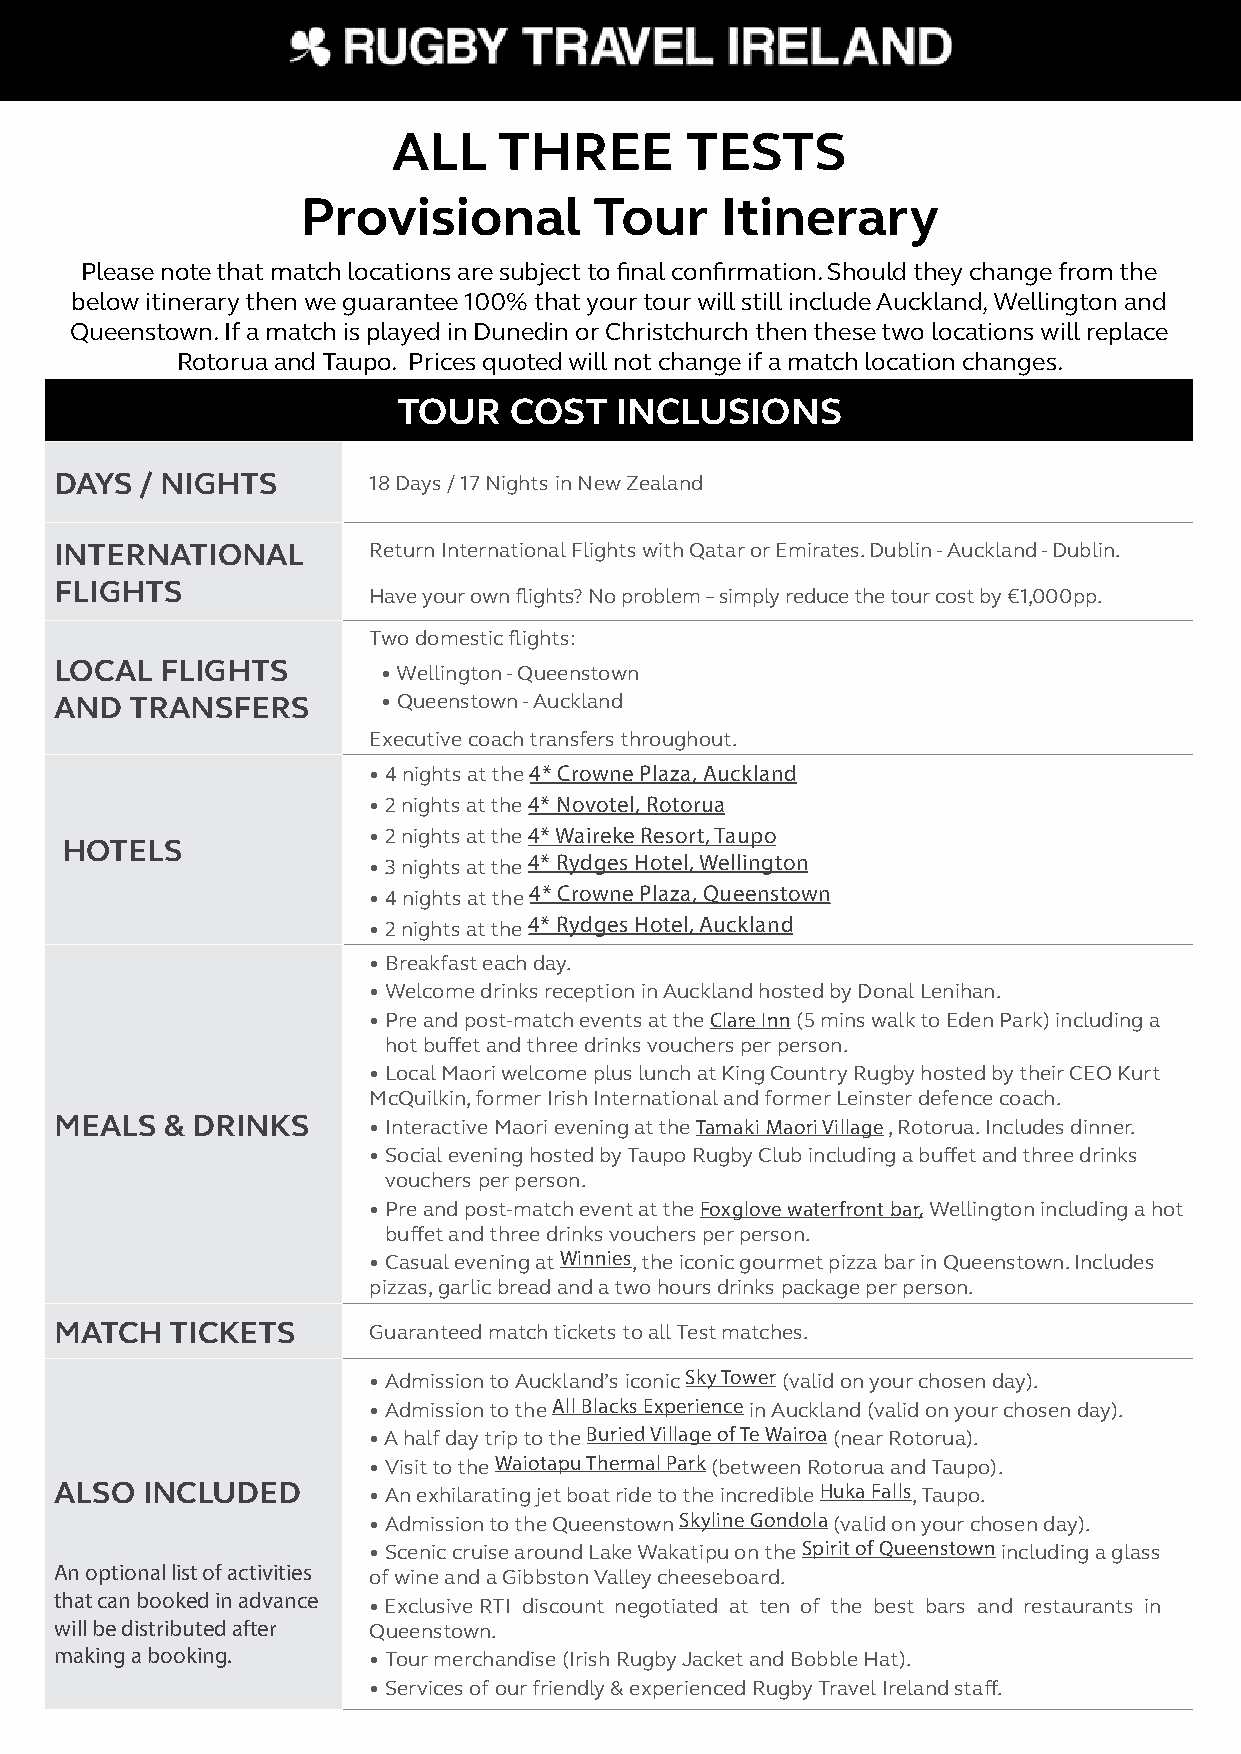
ALL    THREE       TESTS
 Provisional        Tour     Itinerary
 Please note that match locations are subject to final confirmation. Should they change from the
 below itinerary then we guarantee 100% that your tour will still include Auckland, Wellington and
 Queenstown. If a match is played in Dunedin or Christchurch then these two locations will replace
 Rotorua and Taupo. Prices quoted will not change if a match location changes.
 TOUR    COST   INCLUSIONS
 DAYS / NIGHTS       18 Days / 17 Nights in New Zealand
 INTERNATIONAL       Return International Flights with Qatar or Emirates. Dublin - Auckland - Dublin.
 FLIGHTS
 Have your own flights? No problem – simply reduce the tour cost by €1,000pp.
 Two domestic flights:
 LOCAL  FLIGHTS       • Wellington - Queenstown
 AND  TRANSFERS       • Queenstown - Auckland
 Executive coach transfers throughout.
 • 4 nights at the 4* Crowne Plaza, Auckland
 • 2 nights at the 4* Novotel, Rotorua
 • 2 nights at the 4* Waireke Resort, Taupo
 HOTELS
 4* Rydges Hotel, Wellington
 • 3 nights at the
 4* Crowne Plaza, Queenstown
 • 4 nights at the
 4* Rydges Hotel, Auckland
 • 2 nights at the
 • Breakfast each day.
 • Welcome drinks reception in Auckland hosted by Donal Lenihan.
 • Pre and post-match events at the Clare Inn (5 mins walk to Eden Park) including a
 hot buffet and three drinks vouchers per person.
 • Local Maori welcome plus lunch at King Country Rugby hosted by their CEO Kurt
 McQuilkin, former Irish International and former Leinster defence coach.
 MEALS  & DRINKS     • I nteractive Maori evening at the Tamaki Maori Village , Rotorua. Includes dinner.
 • Social evening hosted by Taupo Rugby Club including a buffet and three drinks
 vouchers per person.
 • Pre and post-match event at the Foxglove waterfront bar, Wellington including a hot
 buffet and three drinks vouchers per person.
 • Casual evening at Winnies, the iconic gourmet pizza bar in Queenstown. Includes
 pizzas, garlic bread and a two hours drinks package per person.
 MATCH  TICKETS      Guaranteed match tickets to all Test matches.
 • Admission to Auckland’s iconic Sky Tower (valid on your chosen day).
 • Admission to the All Blacks Experience in Auckland (valid on your chosen day).
 • A half day trip to the Buried Village of Te Wairoa (near Rotorua).
 • Visit to the Waiotapu Thermal Park (between Rotorua and Taupo).
 ALSO INCLUDED       • An exhilarating jet boat ride to the incredible Huka Falls, Taupo.
 • Admission to the Queenstown Skyline Gondola (valid on your chosen day).
 • Scenic cruise around Lake Wakatipu on the Spirit of Queenstown including a glass
 An optional list of activities of wine and a Gibbston Valley cheeseboard.
 that can booked in advance
 • Exclusive RTI discount negotiated at ten of the best bars and restaurants in
 will be distributed after Queenstown.
 making a booking.   • Tour merchandise (Irish Rugby Jacket and Bobble Hat).
 • Services of our friendly & experienced Rugby Travel Ireland staff.